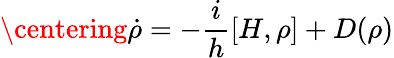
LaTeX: \centering\dot{\rho}=-\frac{i}{h}[H,\rho]+D(\rho)